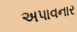
અપાવનાર